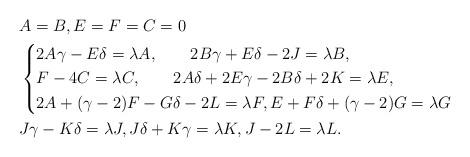
LaTeX: \begin{align*}& A=B,E=F=C=0\\&\begin{cases}2A\gamma-E\delta=\lambda A,\qquad2B\gamma+E\delta-2J=\lambda B,\\F-4C=\lambda C,\qquad2A\delta+2E\gamma-2B\delta+2K=\lambda E,\\2A+(\gamma-2)F-G\delta-2L=\lambda F,E+F\delta+(\gamma-2)G=\lambda G\end{cases}\\& J\gamma-K\delta=\lambda J,J\delta+K\gamma=\lambda K,J-2L=\lambda L. \end{align*}